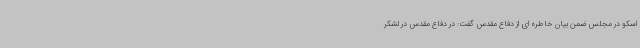
اسکو در مجلس ضمن بیان خاطره ای از دفاع مقدس گفت: در دفاع مقدس در لشکر